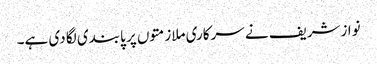
نوازشریف نے سرکاری ملازمتوں پر پابندی لگا دی ہے۔